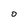
Character: O